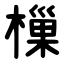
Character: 樔